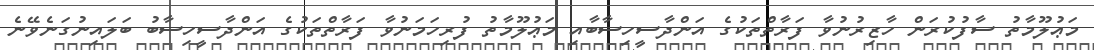
މަޢުލޫމާތު ސާފުކުރަން ހާޒިރުނުވާ ފަރާތްތަކުގެ އަންދާސީހިސާބާއި މަޢުލޫމާތު ފުރިހަމަނުވާ ފަރާތްތަކުގެ އަންދާސީހިސާބު ބަލައިނުގަނެވޭނެ